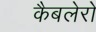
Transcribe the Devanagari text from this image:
कैबलेरो